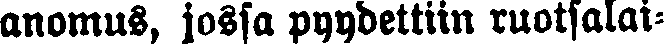
anomus, jossa pyydettiin ruotsalai-